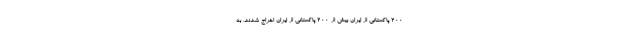
۲۰۰ پاکستانی از ایران بیش از ۲۰۰ پاکستانی از ایران اخراج شدند. به